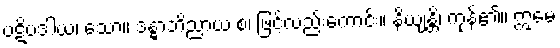
ပဋိပဒါယ၊ သော။ ဒန္ဓာဘိညာယ စ၊ ဖြင့်လည်းကောင်း။ နိယျန္တိ၊ ကုန်၏။ ဣမေ